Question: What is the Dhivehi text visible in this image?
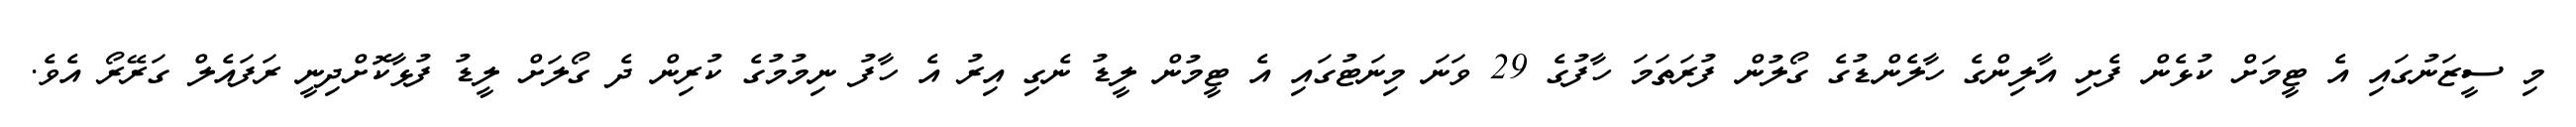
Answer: މި ސީޒަނުގައި އެ ޓީމަށް ކުޅެން ފެށި އާލިންގެ ހާލެންޑުގެ ގޯލުން ފުރަތަމަ ހާފުގެ 29 ވަނަ މިނަޓުގައި އެ ޓީމުން ލީޑު ނެގި އިރު އެ ހާފު ނިމުމުގެ ކުރިން ދެ ގޯލަށް ލީޑު ފުޅާކޮށްދިނީ ރަފައެލް ގަރޭރޯ އެވެ.